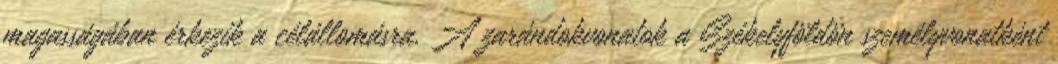
magasságában érkezik a célállomásra. A zarándokvonatok a Székelyföldön személyvonatként